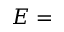
E =